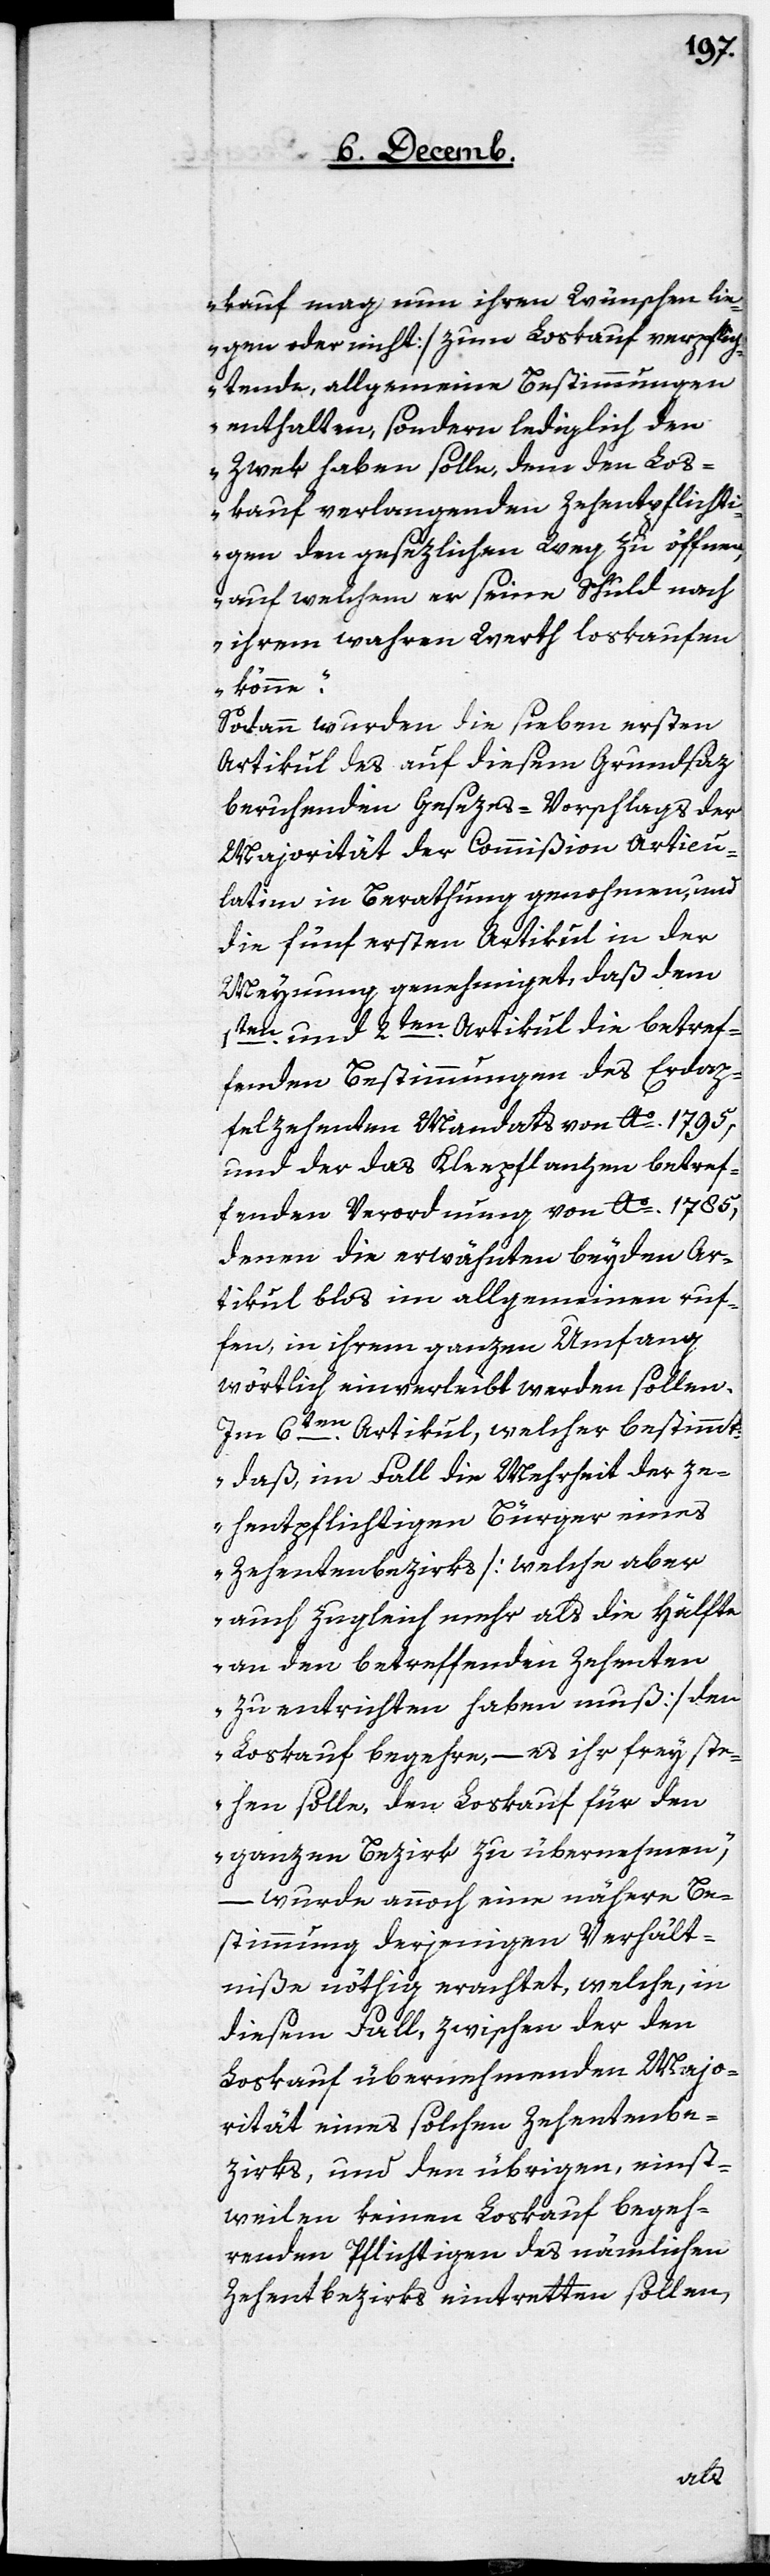
kauf mag nun ihren Wünschen lie¬
gen oder nicht] zum Loskauf verpflich¬
tende, allgemeine Bestimmungen
enthalten, sondern lediglich den
Zwek haben solle, dem den Los¬
kauf verlangenden Zehentenpflichti¬
gen den gesezlichen Weg zu öffnen,
auf welchem er seine Schuld nach
ihrem wahren Werth loskaufen
könne.“
Sodann wurden die sieben ersten
Artikul des auf diesem Grundsaz
beruhenden Gesezes-Vorschlags der
Majorität der Commißion Articu¬
latim in Berathung genohmen, und
die fünf ersten Artikul in der
Meynung genehmiget, daß dem
1ten. und 2ten. Artikul die betref¬
fenden Bestimmungen des Erdap¬
felzehenten Mandats von Ao 1795,
und der das Kleepflanzen betref¬
fenden Verordnung von Ao 1785,
denen die erwähnten beyden Ar¬
tikul blos im allgemeinen ruf¬
en, in ihrem ganzen Umfang
wörtlich einverleibt werden sollen.
Im 6ten. Artikul, welcher bestimmt:
„daß, im Fall die Mehrheit der ze¬
hentpflichtigen Bürger eines
Zehentenbezirks [welche aber
auch zugleich mehr als die Hälfte
an den betreffenden Zehenten
zu entrichten haben muß] den
Loskauf begehre, – es ihr frey ste¬
hen solle, den Loskauf für den
ganzen Bezirk zu übernehmen,“
– wurde annoch eine nähere Be¬
stimmung derjenigen Verhält¬
niße nöthig erachtet, welche, in
diesem Fall zwischen der den
Loskauf übernehmenden Majo¬
rität eines solchen Zehntenbe¬
zirks, und den übrigen, einst¬
weilen keinen Loskauf begeh¬
renden Pflichtigen des nämlichen
Zehentbezirks eintretten sollen,